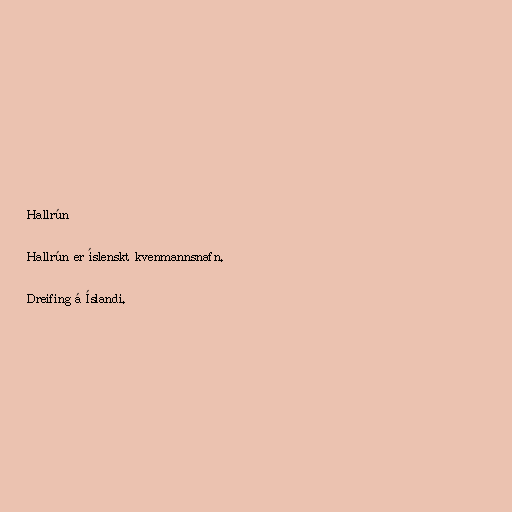
Hallrún

Hallrún er íslenskt kvenmannsnafn.

Dreifing á Íslandi.